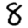
Digit: 8